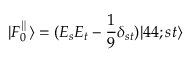
| F _ { 0 } ^ { \parallel } \rangle = ( E _ { s } E _ { t } - \frac { 1 } { 9 } \delta _ { s t } ) | 4 4 ; s t \rangle